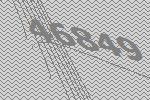
46849